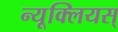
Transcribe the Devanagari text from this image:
न्यूक्लियस्